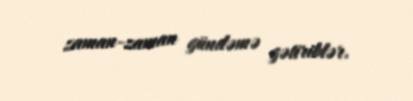
zaman-zaman gündəmə gətiriblər.